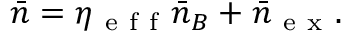
\bar { n } = \eta _ { \mathrm { ~ e ~ f ~ f ~ } } \bar { n } _ { B } + \bar { n } _ { \mathrm { ~ e ~ x ~ } } .